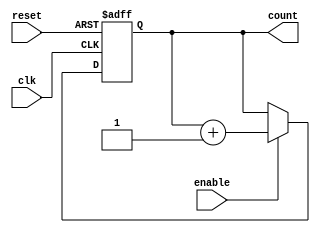
module ChainedParallelCounter (
    input wire clk,          // Clock input
    input wire reset,        // Asynchronous reset
    input wire enable,       // Enable signal
    output reg [N-1:0] count // Counter output (N bits)
);
    parameter N = 4; // Define the number of bits for the counter

    // Chained (Ripple) counter logic
    always @(posedge clk or posedge reset) begin
        if (reset) begin
            count <= 0; // Reset the counter to zero
        end else if (enable) begin
            // Increment the counter
            count <= count + 1;
        end
    end

endmodule